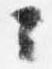
云